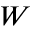
W